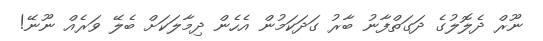
ނޫރް ދެލޮލުގެ ދަަގަތްފާނު ބާރު ގަދަކަމުން އެހެން ދިމާލަކަށް ބެލޭ ވަރެއް ނޫނޭ!